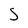
Character: S